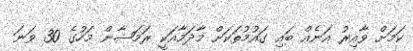
ކަމަށް ވާއިރު އަނެއް ބައި ގައުމުތަކަށް މާދަމާއަކީ ރަމަޟާން މަހުގެ 30 ވަނަ